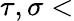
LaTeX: \tau,\sigma<